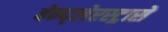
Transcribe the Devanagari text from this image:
बेन्द्लेरस्ट्रासे